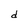
Character: d